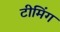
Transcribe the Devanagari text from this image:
टीमिंग